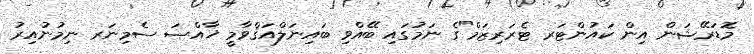
މޮޑަރޭޝަން އިން ކައުންޓަރ ޓެރަރިޒަމް"ގެ ނަމުގައި ބޭއްވި ބައިނަލްއަޤްވާމީ ޚާއްޞަ ސެމިނަރ ނިމުނުއިރު